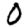
Digit: 0